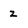
Character: z